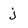
Character: j